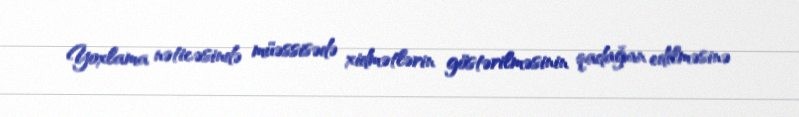
Yoxlama nəticəsində müəssisədə xidmətlərin göstərilməsinin qadağan edilməsinə